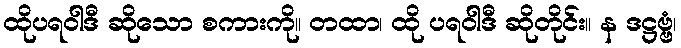
ထိုပရဝါဒီ ဆိုသော စကားကို။ တထာ၊ ထို ပရဝါဒီ ဆိုတိုင်း။ န ဒဋ္ဌဗ္ဗံ၊